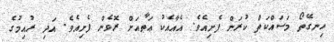
ހިނގޭތޯ މަސައްކަތް ކުރަން ފެށިއެވެ. އެއާއެކު ޢަޠާއަށް ރޮވެން ފެށިއެވެ. އަދި ރުއިމުގެ